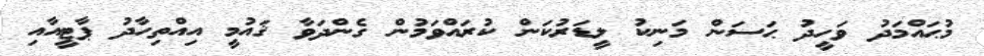
މުޙައްމަދު ވަހީދު ޙަސަން މަނިކު ލީޑަރުކަން ކުރައްވަމުން ގެންދަވާ ޤައުމީ އިއްތިހާދު ޕާޓީއާއި